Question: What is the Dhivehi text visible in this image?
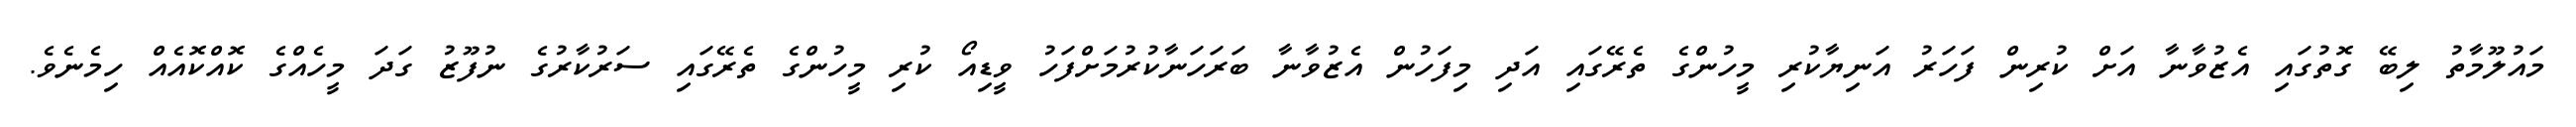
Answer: މައުލޫމާތު ލިބޭ ގޮތުގައި އެޒުވާނާ އަށް ކުރިން ފަހަރު އަނިޔާކުރި މީހުންގެ ތެރޭގައި އަދި މިފަހުން އެޒުވާނާ ބަރަހަނާކުރުމަށްފަހު ވީޑިއޯ ކުރި މީހުންގެ ތެރޭގައި ސަރުކާރުގެ ނުފޫޒު ގަދަ މީހެއްގެ ކޮއްކޮއެއް ހިމެނެވެ.